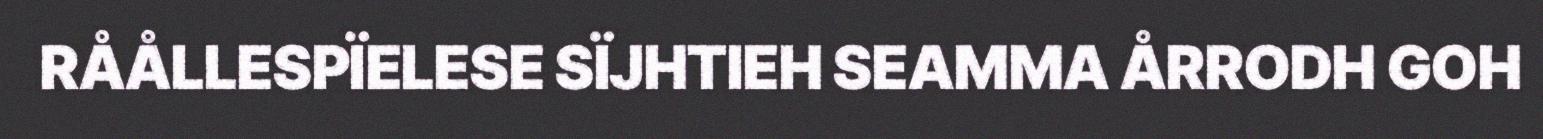
RÅÅLLESPÏELESE SÏJHTIEH SEAMMA ÅRRODH GOH